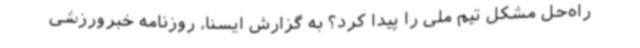
راه‌حل مشکل تیم ملی را پیدا کرد؟ به گزارش ایسنا، روزنامه خبرورزشی